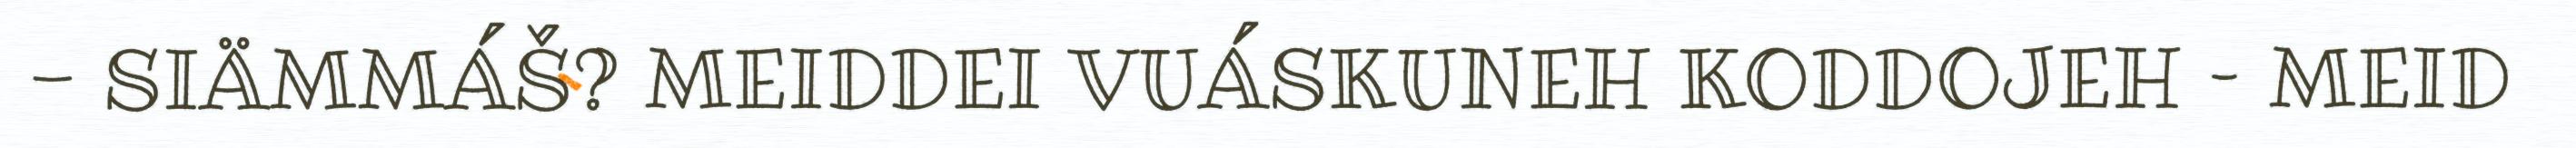
- SIÄMMÁŠ? MEIDDEI VUÁSKUNEH KODDOJEH – MEID